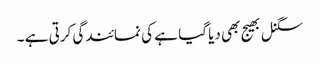
سگنل بھیج بھی دیا گیا ہے کی نمائندگی کرتی ہے ۔